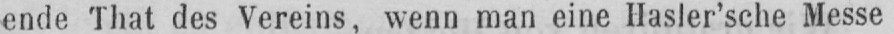
ende That des Vereins, wenn man eine Hasler’sche Messe